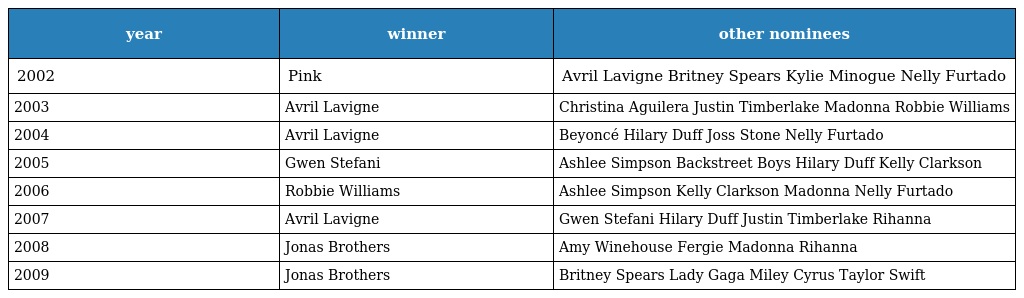
| year | winner | other nominees |
 | --- | --- | --- |
 | 2002 | Pink | Avril Lavigne Britney Spears Kylie Minogue Nelly Furtado |
 | 2003 | Avril Lavigne | Christina Aguilera Justin Timberlake Madonna Robbie Williams |
 | 2004 | Avril Lavigne | Beyoncé Hilary Duff Joss Stone Nelly Furtado |
 | 2005 | Gwen Stefani | Ashlee Simpson Backstreet Boys Hilary Duff Kelly Clarkson |
 | 2006 | Robbie Williams | Ashlee Simpson Kelly Clarkson Madonna Nelly Furtado |
 | 2007 | Avril Lavigne | Gwen Stefani Hilary Duff Justin Timberlake Rihanna |
 | 2008 | Jonas Brothers | Amy Winehouse Fergie Madonna Rihanna |
 | 2009 | Jonas Brothers | Britney Spears Lady Gaga Miley Cyrus Taylor Swift |